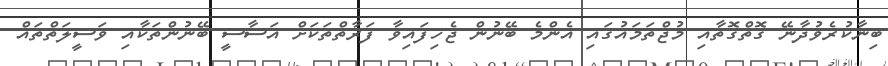
ބިނާކުރެވުދާނޭ ގޮތްގޮތާއި މުޖްތަމައުގައި އެންމެ ބޭނުން ޖެހިފައިވާ ފަރާތްތަކަށް އަސާސީ ބޭނުންތަކާއި ވަސީލަތްތައް